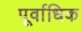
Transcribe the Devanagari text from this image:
पूर्वाधिक